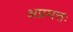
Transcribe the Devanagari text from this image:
अप्रमत्तः